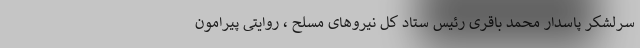
سرلشکر پاسدار محمد باقری رئیس ستاد کل نیروهای مسلح ، روایتی پیرامون